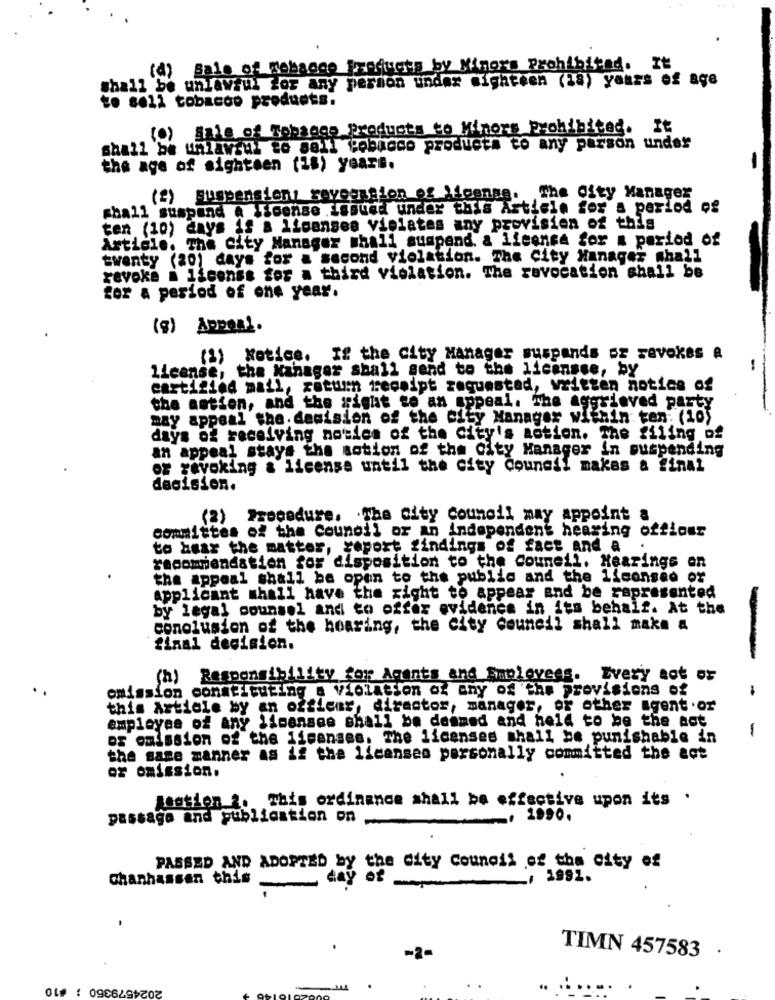
(d) Sale of Rebanco Products by Minors Prohibited. It
shall be unlawful for any person under mighteen (18) yours of age
to sell tobacco products.
(.) Sale of Tobacco Products to Minors Prohibited. It
shall be unlawful to sell tobacco products to any parson under
the age of sighteen (18) years.
(2) suspensions sevegstion of )leenge. The City Manager
shall suspend A license .lasted under this Article for a period of
ten (10) days if a licenses viplates any provision of this
Article. The city Manager shall suspend. a licence for a period of
twenty (20) days for a second violation. The City Manager shall
revoke . license for a third violation. The revocation shall be
for a period of one year.
(g) Appeal.
(1) Notice. If the City Manager suspends oz revokes A
license, the Manager shall send to the Licensee, by
carti2ied mail, return receipt requested, written notice of
the antion, and the right to an appeal. The aggrieved party
may appeal the. decision of the City Manager within ten: (10)
days of receiving notles of the city's action. The filing of
an appeal stays the motion of the City Manager in suspending
of revoking & license until the city Council makes & final
decision.
(2) Procedure. . The city council may appoint
committes of the Council or an independent hearing offlour
to hear the matter, report findings of fact and a
recommendation for disposition to the Couneil. Hearings en
the appeal shall be open to the public and the licensee of
applicant shall have the right to appear and be represented
by legal counsel and to offer evidence in its behalf. At the
conclusion of the hearing, the city council shall make a
final decision.
(h) Responsibility for Agents and Smolovees. Every act or
omission constituting a Violation of any of the provisions of
this Article by an offlens, director, manager, or other agent .or
employee of any licenses shall be deemed and held to be the ast
-
os omission of the licenses, The licenses shall be punishable in
the same manner as if the licenses personally committed the act
or omission.
Amotion 2. This ordinance shall be effective upon its .
passage and publication on -
.. 1990.
PASSED AND ADOPTED by the city Council of the city of
Chanhassen this
day of
, 1991.
-2-
TIMN 457583 .
2024579350 ; #10